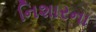
નિશારના